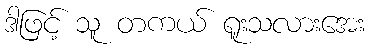
ဒါဖြင့် သူ တကယ် ရူးသလားအေး